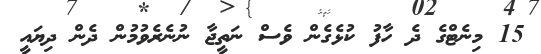
15 މިނެޓްގެ ދެ ހާފު ކުޅެގެން ވެސް ނަތީޖާ ނުނެރެވުމުން ދެން ދިޔައީ